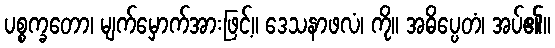
ပစ္စက္ခတော၊ မျက်မှောက်အားဖြင့်။ ဒေသနာဖလံ၊ ကို။ အဓိပ္ပေတံ၊ အပ်၏။